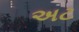
અટ